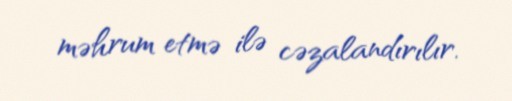
məhrum etmə ilə cəzalandırılır.